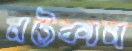
নটকান